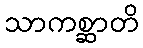
သာကစ္ဆာတိ